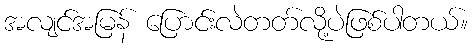
အလျင်အမြန် ပြောင်းလဲတတ်လို့ပဲဖြစ်ပါတယ်။